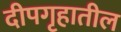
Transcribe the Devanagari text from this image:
दीपगृहातील